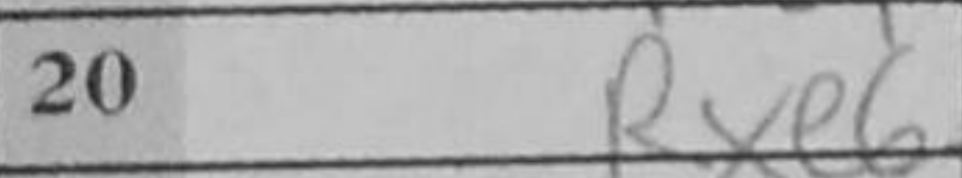
Transcription: Rxe6